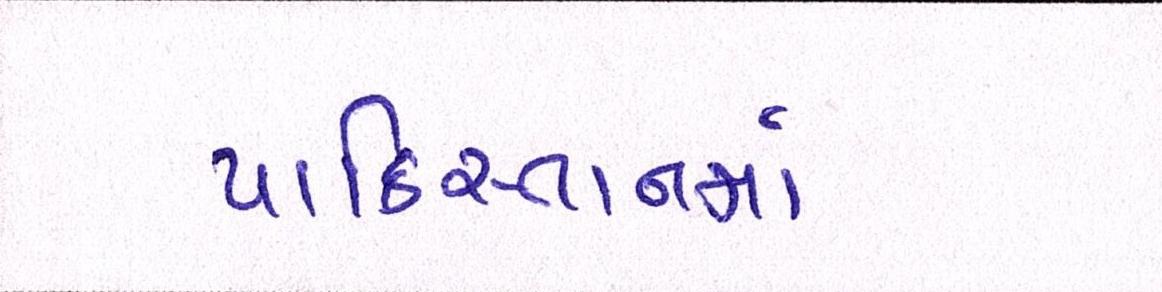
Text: પાકિસ્તાનમાં